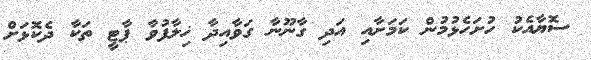
ސޮޔާއެކު ހުށަހެޅުމުން ކަމަށާއި އަދި ގާނޫނާ ގަވާއިދާ ޚިލާފުވާ ޕާޓީ ތަކާ ދެކޮޅަށް